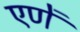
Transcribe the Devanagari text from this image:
एणें